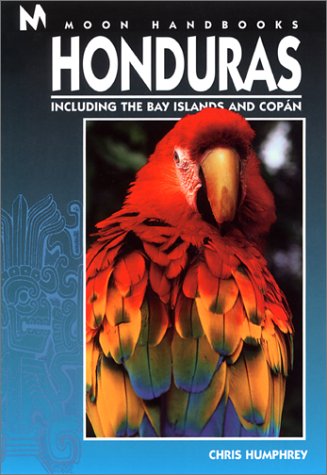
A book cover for Honduras: Including the Bay Islands and Copan (Moon Honduras & the Bay Islands); Chris Humphrey; Travel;